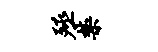
殛禁